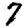
Digit: 7